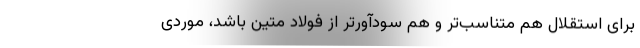
برای استقلال هم متناسب‌تر و هم سودآورتر از فولاد متین باشد، موردی